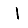
Digit: 1